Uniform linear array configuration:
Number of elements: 24
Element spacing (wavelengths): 0.5
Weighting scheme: hann
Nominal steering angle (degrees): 60
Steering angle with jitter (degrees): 58.126
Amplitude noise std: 0.05
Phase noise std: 0.05

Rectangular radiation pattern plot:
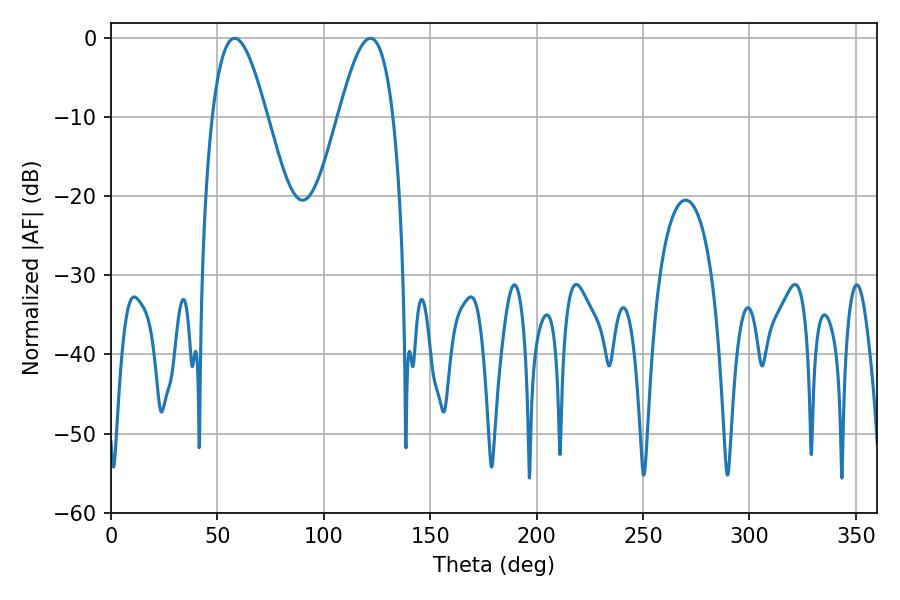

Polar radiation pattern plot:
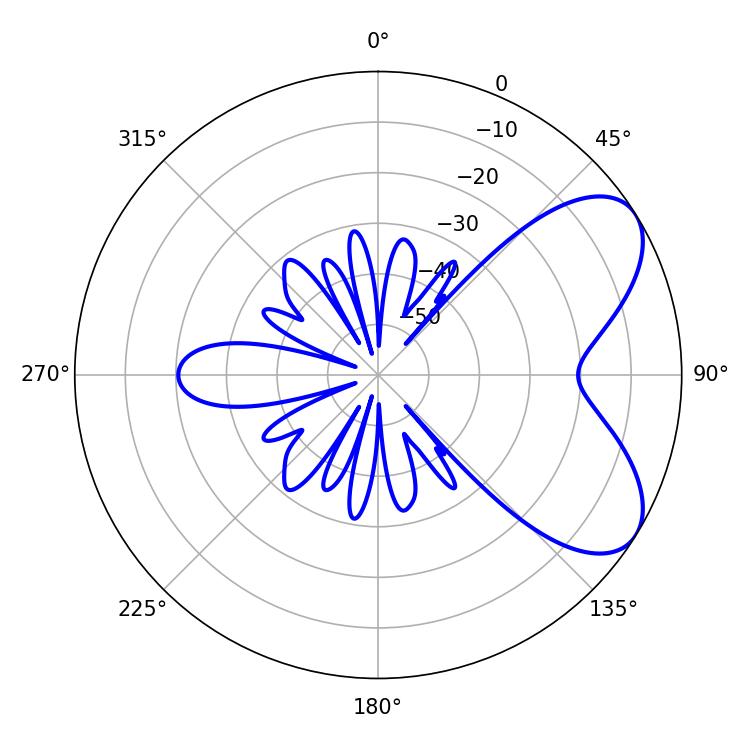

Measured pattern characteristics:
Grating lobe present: FALSE
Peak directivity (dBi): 6.428
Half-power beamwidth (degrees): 13.86
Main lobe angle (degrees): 58.14